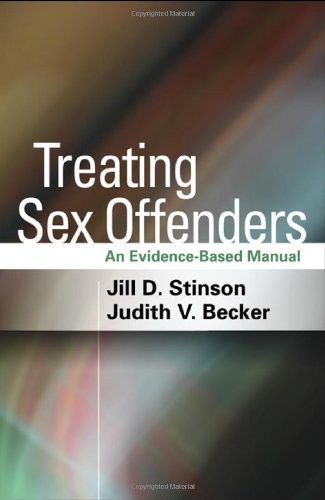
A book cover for Treating Sex Offenders: An Evidence-Based Manual; Jill D. Stinson PhD; Medical Books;